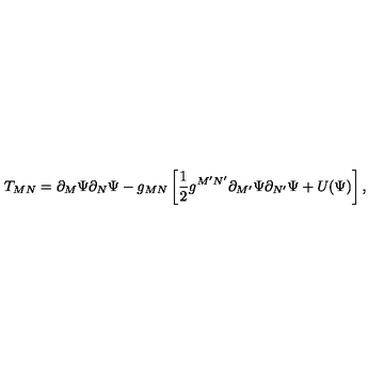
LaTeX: T _ { M N } = \partial _ { M } \Psi \partial _ { N } \Psi - g _ { M N } \left[ \frac { 1 } { 2 } g ^ { M ^ { \prime } N ^ { \prime } } \partial _ { M ^ { \prime } } \Psi \partial _ { N ^ { \prime } } \Psi + U ( \Psi ) \right] ,